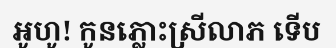
អូហូ! កូនភ្លោះស្រីលាភ ទើប